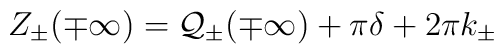
Z_{\pm }(\mp \infty )={\cal Q}_{\pm }(\mp \infty )+\pi \delta +2\pi k_{\pm }